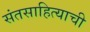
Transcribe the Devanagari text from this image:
संतसाहित्याची